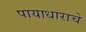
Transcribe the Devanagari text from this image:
पायाधाराचे